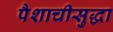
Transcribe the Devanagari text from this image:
पैशाचीसुद्धा